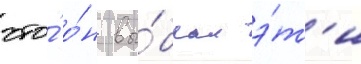
что́ о́н вы́брал э́т'и